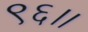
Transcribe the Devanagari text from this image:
९६।।